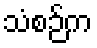
သံစဉ်က